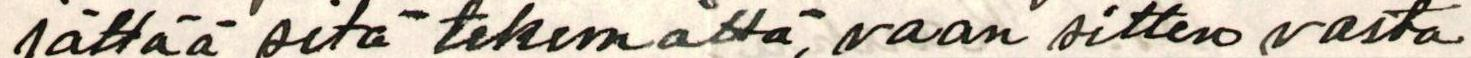
jättää sitä tekemättä, vaan sitten vasta